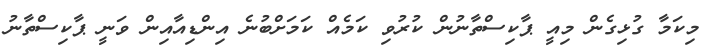
މިކަމާ ގުޅިގެން މިއީ ޕާކިސްތާނުން ކުރުވި ކަމެއް ކަމަށްބުނެ އިންޑިއާއިން ވަނީ ޕާކިސްތާނު